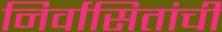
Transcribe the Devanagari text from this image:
निर्वासितांची